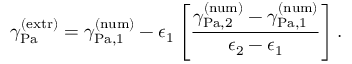
\gamma _ { \mathrm { { P a } } } ^ { \mathrm { { ( e x t r ) } } } = \gamma _ { \mathrm { { P a , 1 } } } ^ { \mathrm { { ( n u m ) } } } - \epsilon _ { 1 } \left[ \frac { \gamma _ { \mathrm { { P a , 2 } } } ^ { \mathrm { { ( n u m ) } } } - \gamma _ { \mathrm { { P a , 1 } } } ^ { \mathrm { { ( n u m ) } } } } { \epsilon _ { 2 } - \epsilon _ { 1 } } \right] .